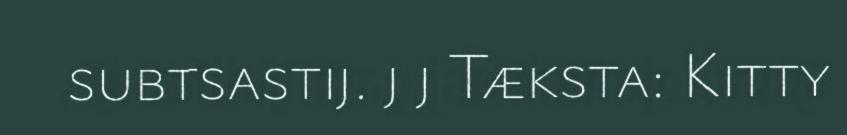
subtsastij. j j Tæksta: Kitty